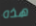
هذه